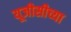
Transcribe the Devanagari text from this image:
यूजीसीच्या